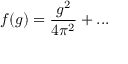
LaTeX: f ( g ) = \frac { g ^ { 2 } } { 4 \pi ^ { 2 } } + . . .